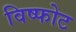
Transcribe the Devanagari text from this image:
विष्फोट